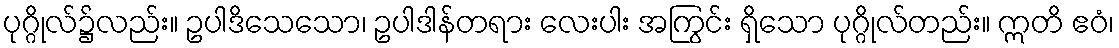
ပုဂ္ဂိုလ်၌လည်း။ ဥပါဒိသေသော၊ ဥပါဒါန်တရား လေးပါး အကြွင်း ရှိသော ပုဂ္ဂိုလ်တည်း။ ဣတိ ဧဝံ၊